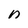
Character: n